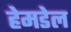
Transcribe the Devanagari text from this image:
हेमडेल